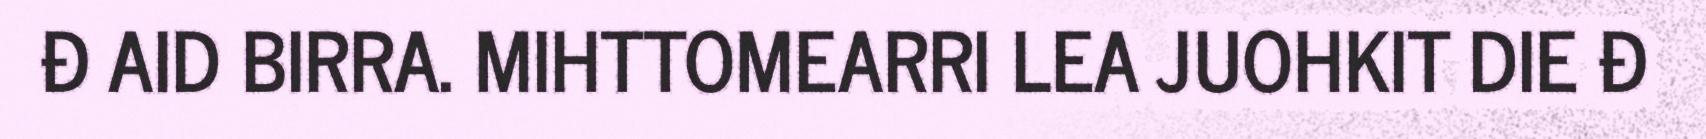
Đ AID BIRRA. MIHTTOMEARRI LEA JUOHKIT DIE Đ